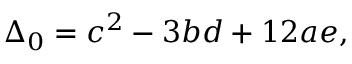
\Delta _ { 0 } = c ^ { 2 } - 3 b d + 1 2 a e ,